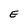
Character: E